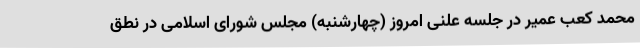
محمد کعب عمیر در جلسه علنی امروز (چهارشنبه) مجلس شورای اسلامی در نطق